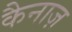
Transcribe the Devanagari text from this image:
कैनाज़